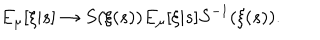
E _ { \mu } [ \xi | s ] \to S ( \xi ( s ) ) E _ { \mu } [ \xi | s ] S ^ { - 1 } ( \xi ( s ) ) .